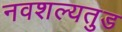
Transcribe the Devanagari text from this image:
नवशल्यतुड